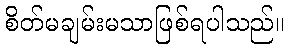
စိတ်မချမ်းမသာဖြစ်ရပါသည်။